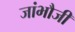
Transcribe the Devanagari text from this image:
जांभौजी